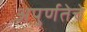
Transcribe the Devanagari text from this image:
अपुर्णतेचे